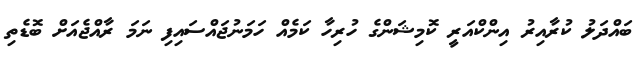
ބައްދަލު ކުރާއިރު އިންކްއަރީ ކޮމިޝަންގެ ހުރިހާ ކަމެއް ހަމަނުޖައްސައިފި ނަމަ ރާއްޖެއަށް ބޮޑެތި